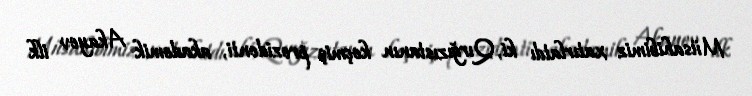
Müsahibimiz xatırlatdı ki, Qırğızıstanın keçmiş prezidenti, akademik Akayev ilk